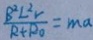
\frac { B ^ { 2 } L ^ { 2 } V } { R + R _ { 0 } } = m a